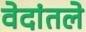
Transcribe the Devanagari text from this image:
वेदांतले